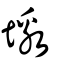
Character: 墽